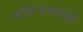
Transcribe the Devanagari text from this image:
काॅलेजमध्येही